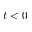
t < 0